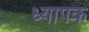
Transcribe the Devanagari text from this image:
ध्यापक